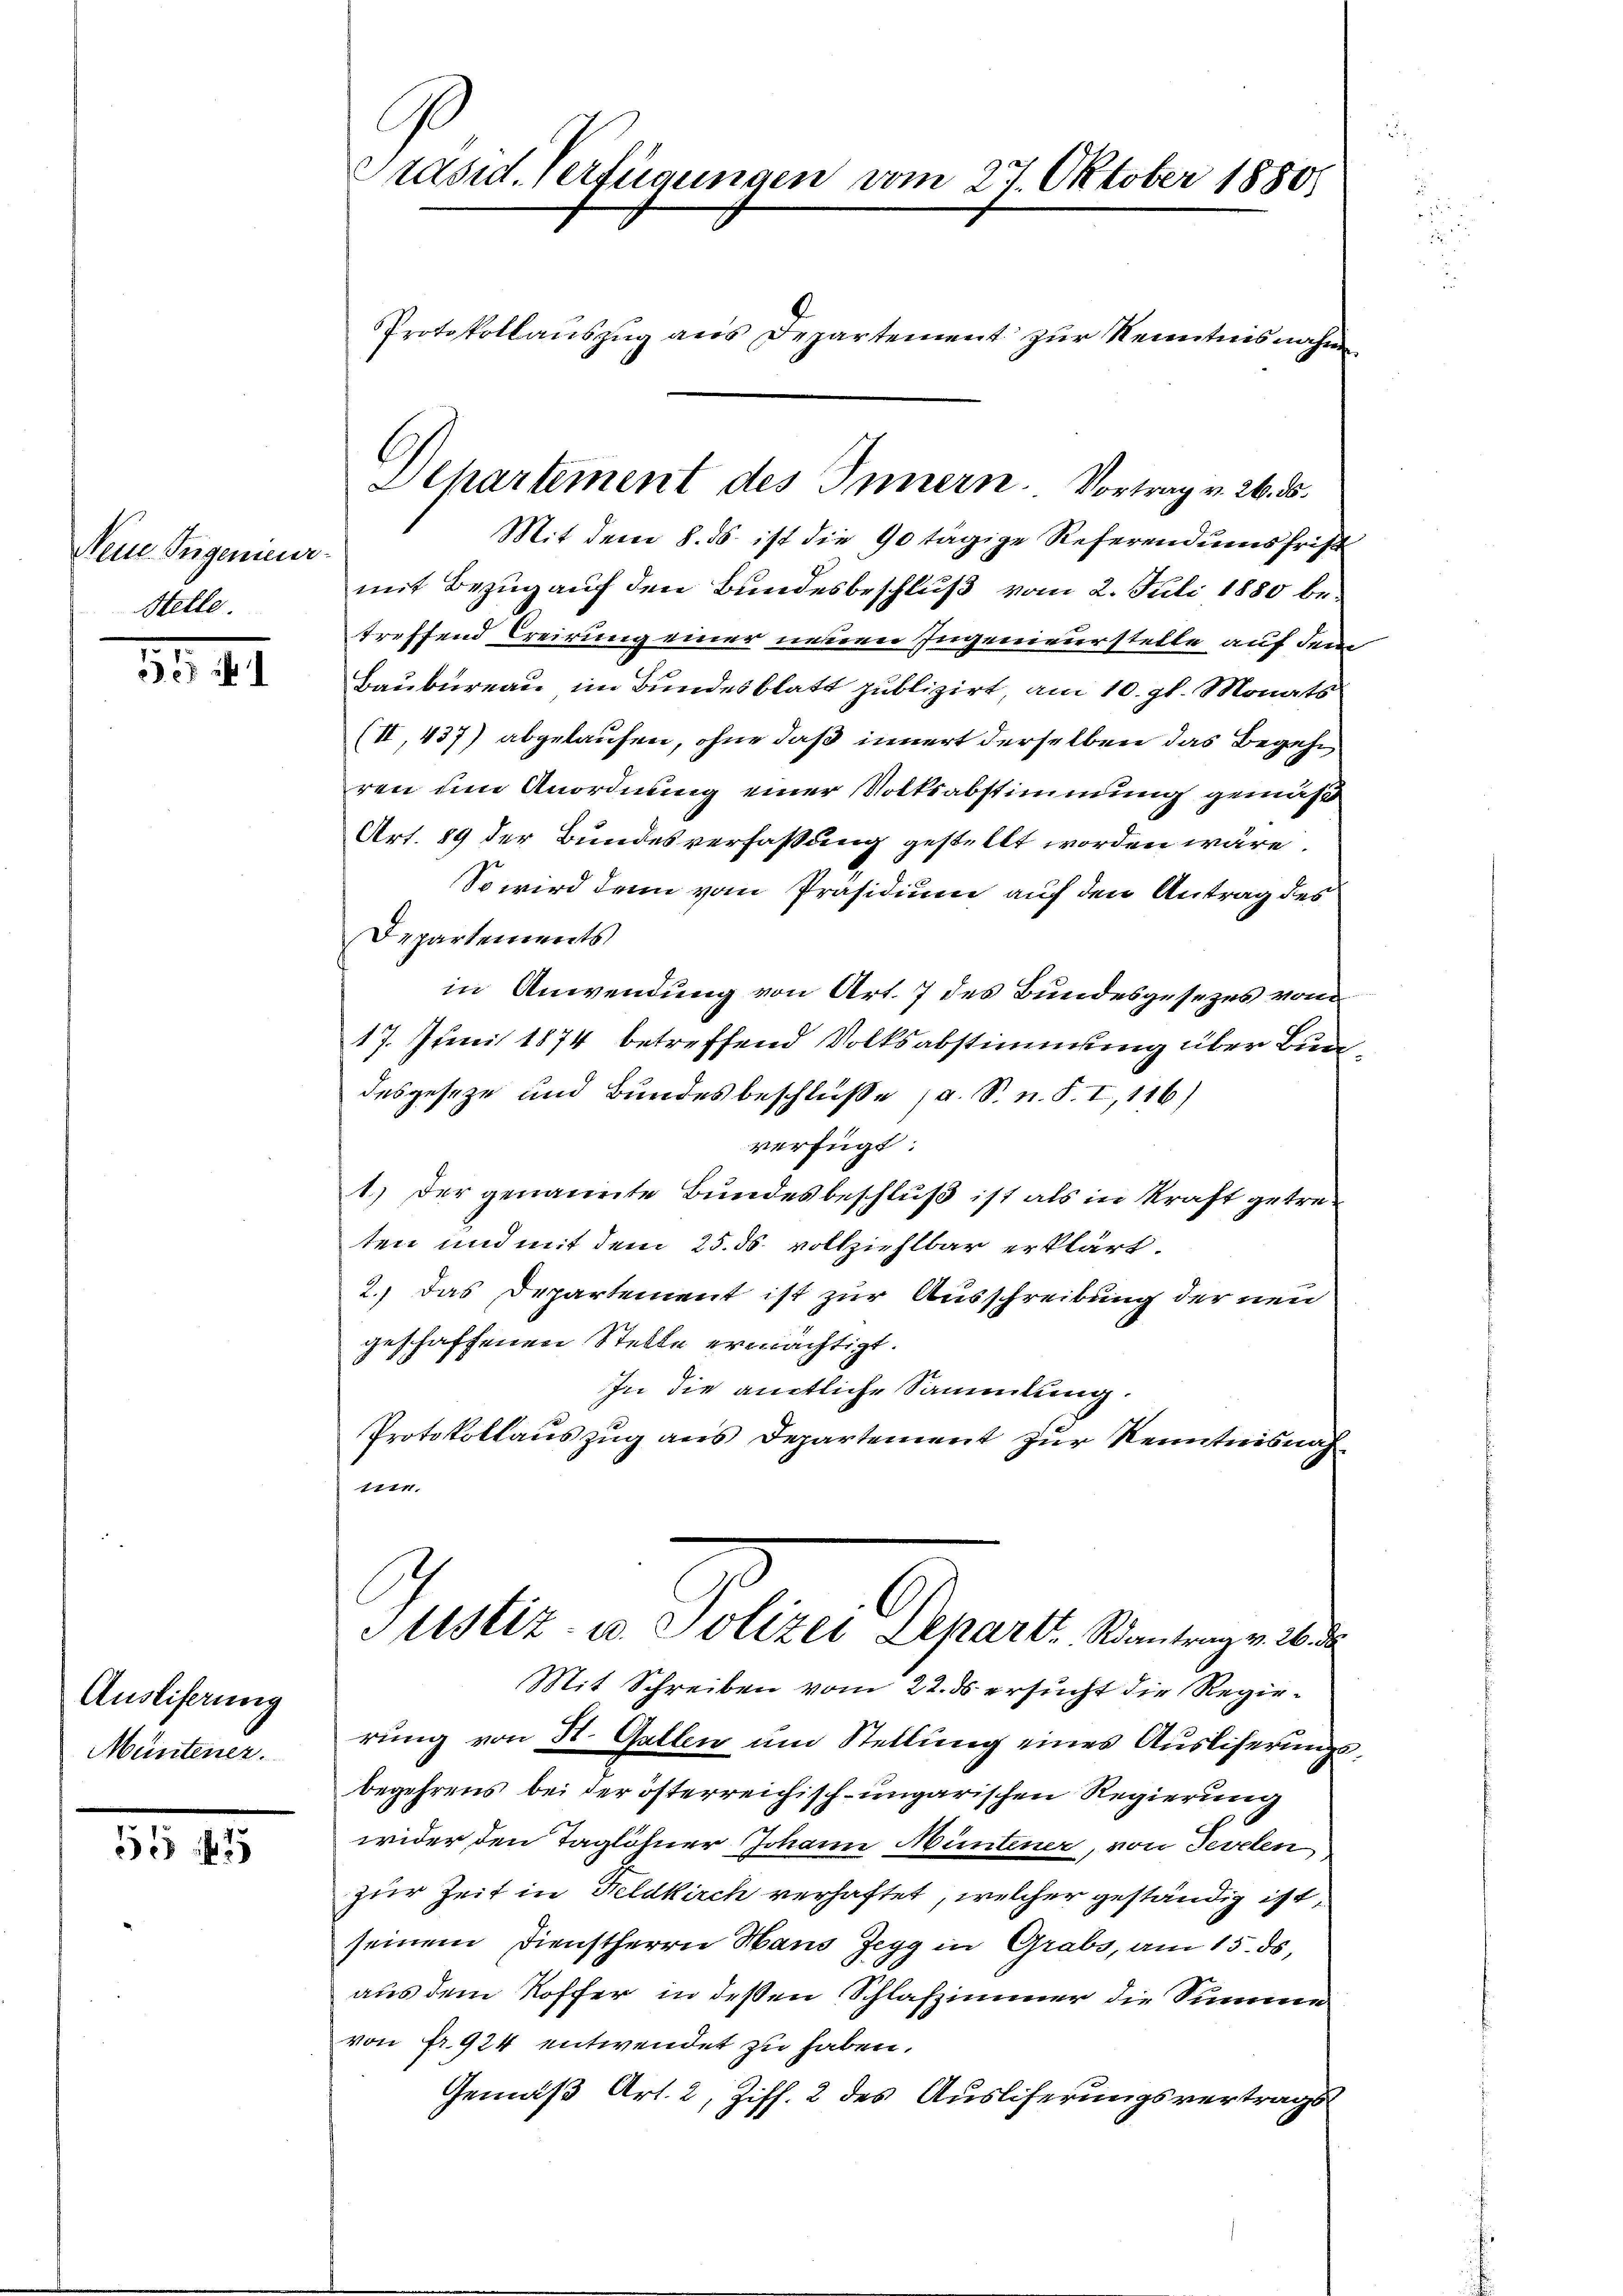
Nein Tugenieur-
Stelle.

Ausliferung
Müntener.

55 f

C
Präsid. Verfügungen vom 27. Oktober 1880
Protokollauszug aus Departement zur Kenntnisnahm

Mit dem 8. ds. ist die 90 tägige Referendumsfrist
mit Bezug auf den Bundesbeschluß vom 2. Juli 1880 betreffend Creirung einer neuern Ingenieurstelle auf dem
Baubureau im Bundesblatt publizirt, am 10. gl. Monats
(II,437) abgelaufen, ohne daß innert derselben das Begehren um Anordnung einer Volksabstimmung gemäß
Art. 89 der Bundesverfaßung gestellt worden wäre.
So wird denn vom Präsidium auf den Antrag des
Departements
in Anwendung von Art. 7 des Bundesgesezes von
17. Juni 1874 betreffend Volksabstimmung über Bunde
desgeseze und Bundesbeschluße (a. S. n. F. I,116)
verfügt:
1.) Der genannte Bundesbeschluß ist als in Kraft getreten und mit dem 25. ds. vollziehlbar erklärt.
2.) Das Departement ist zur Ausschreibung der neu
geschaffenen Stelle ermächtigt.
In die amtliche Sammlung.
Protokollauszug aus Departement zur Kenntnisnah¬
1ten
Justiz in Polare Departe Kontrage der
Mit Schreiben vom 22. ds ersucht die Regierung von St. Gallen um Stellung eines Ausliserungsbegehrens bei der österreichisch-ungarischen Regierung
wider den Taglöhner Johann Hüntener, von Sevelen
zur Zeit in Feldkirch verhaftet, welcher geständig ist,
seinem Dienstherrn Hand Zegg in Grabs, am 15. ds.
aus dem Roffer in deßen Schlafzimmer die Summe
von fr. 924 entwendet zu haben.
Gemäß Art. 2, Ziff. 2 des Ausliferungsvertrags

Chartement des Innern. Vortrag v. 26. ds.